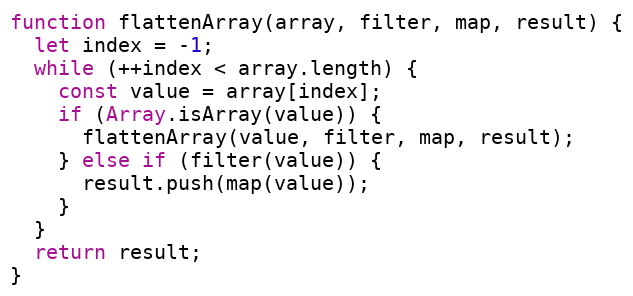
Language: JavaScript
function flattenArray(array, filter, map, result) {
  let index = -1;
  while (++index < array.length) {
    const value = array[index];
    if (Array.isArray(value)) {
      flattenArray(value, filter, map, result);
    } else if (filter(value)) {
      result.push(map(value));
    }
  }
  return result;
}